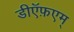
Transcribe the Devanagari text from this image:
डीऍफ़एम्